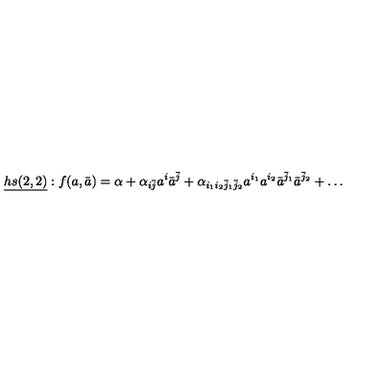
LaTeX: \underline { { h s ( 2 , 2 ) } } : f ( a , \bar { a } ) = \alpha + \alpha _ { i \bar { j } } a ^ { i } \bar { a } ^ { \bar { j } } + \alpha _ { i _ { 1 } i _ { 2 } \bar { j } _ { 1 } \bar { j } _ { 2 } } a ^ { i _ { 1 } } a ^ { i _ { 2 } } \bar { a } ^ { \bar { j } _ { 1 } } \bar { a } ^ { \bar { j } _ { 2 } } + \ldots